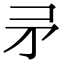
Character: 𭿵